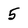
Character: 5